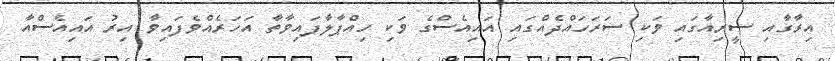
އިރާގާއި ސީރިއާގައި ވަކި ސަރަހައްދެއްގައި އައިއެސްގެ ވަކި ހިއްޕާލާފައިވާތާ އަހަރެއްވެފައިވާ އިރު އައިއެސްއާ